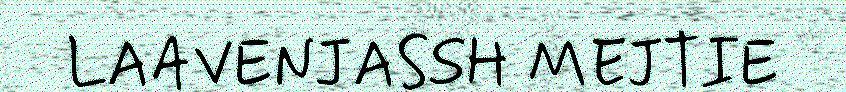
LAAVENJASSH MEJTIE